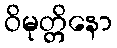
ဝိမုတ္တိနော